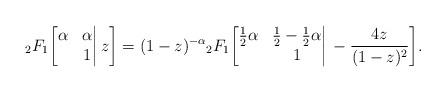
LaTeX: \begin{align*}{}_2F_1\bigg[\begin{matrix}\alpha&\alpha\\&1\end{matrix}\bigg|\,z\bigg]=(1-z)^{-\alpha}{}_2F_1\bigg[\begin{matrix}\frac12\alpha&\frac12-\frac12\alpha\\&1\end{matrix}\bigg|\,-\frac{4z}{(1-z)^2}\bigg].\end{align*}